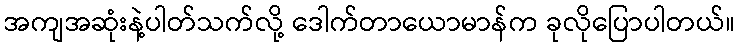
အကျအဆုံးနဲ့ပါတ်သက်လို့ ဒေါက်တာယောမာန်က ခုလိုပြောပါတယ်။